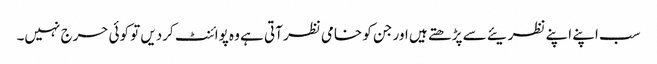
سب اپنے اپنے نظریئے سے پڑھتے ہیں اور جن کو خامی نظر آتی ہے وہ پوائنٹ کردیں تو کوئی حرج نہیں۔